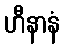
ဟီနာနံ